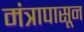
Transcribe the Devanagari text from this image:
मंत्रापासून